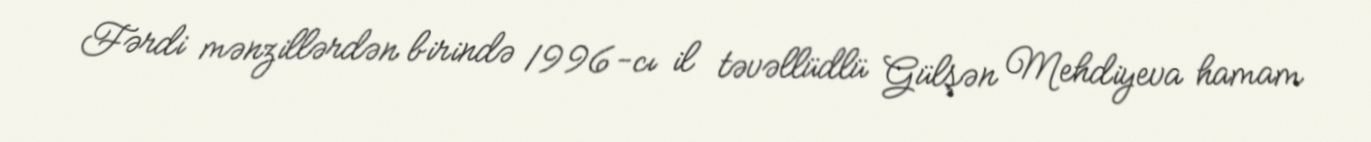
Fərdi mənzillərdən birində 1996-cı il təvəllüdlü Gülşən Mehdiyeva hamam